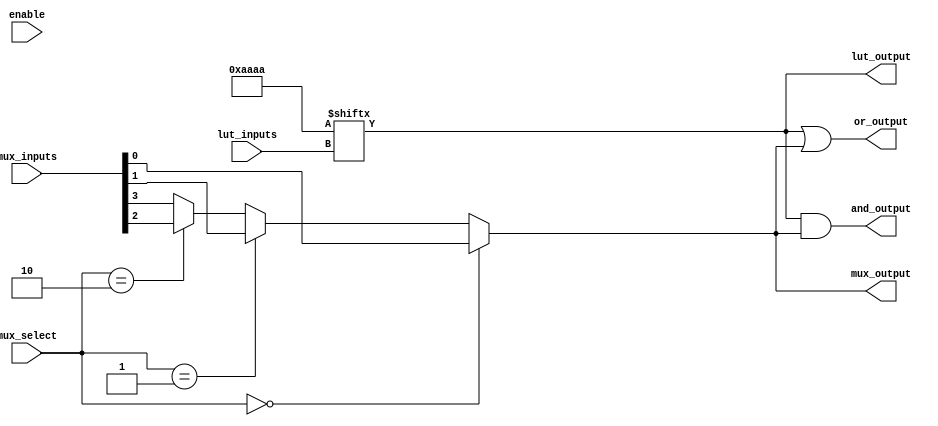
module CLB (
    input wire [3:0] lut_inputs,   // 4 inputs for the LUT
    input wire [1:0] mux_select,    // 2-bit select for the multiplexer
    input wire [3:0] mux_inputs,     // Inputs for the multiplexer
    input wire enable,               // Enable signal for the output
    output wire lut_output,          // Output from the LUT
    output wire mux_output,          // Output from the MUX
    output wire and_output,          // AND gate output
    output wire or_output            // OR gate output
);

    // LUT implementation (4-input LUT)
    reg [15:0] lut_memory; // 16 possible combinations for 4 inputs

    // Initialize the LUT memory with a specific truth table
    initial begin
        lut_memory = 16'b1010101010101010; // Example truth table
    end

    // LUT output logic
    assign lut_output = lut_memory[lut_inputs];

    // 2-to-1 Multiplexer implementation
    assign mux_output = (mux_select == 2'b00) ? mux_inputs[0] :
                        (mux_select == 2'b01) ? mux_inputs[1] :
                        (mux_select == 2'b10) ? mux_inputs[2] :
                        mux_inputs[3]; // mux_inputs[3] for select 11

    // AND gate implementation
    assign and_output = lut_output & mux_output;

    // OR gate implementation
    assign or_output = lut_output | mux_output;

endmodule